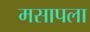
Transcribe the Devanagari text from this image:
मसापला